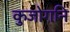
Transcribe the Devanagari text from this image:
कुजोगनि